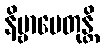
နိဗ္ဗာပေတုန္တိ